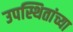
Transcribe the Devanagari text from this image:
उपस्थितांच्या